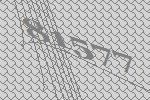
81577